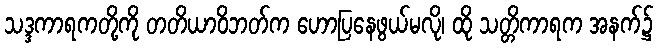
သဒ္ဒကာရကတို့ကို တတိယာဝိဘတ်က ဟောပြနေဖွယ်မလို၊ ထို သတ္တိကာရက အနက်၌